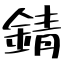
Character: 錆